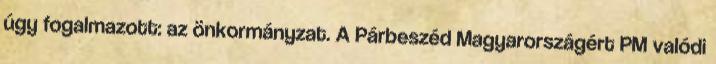
úgy fogalmazott: az önkormányzat. A Párbeszéd Magyarországért PM valódi